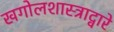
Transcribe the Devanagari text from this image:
खगोलशास्त्राद्वारे